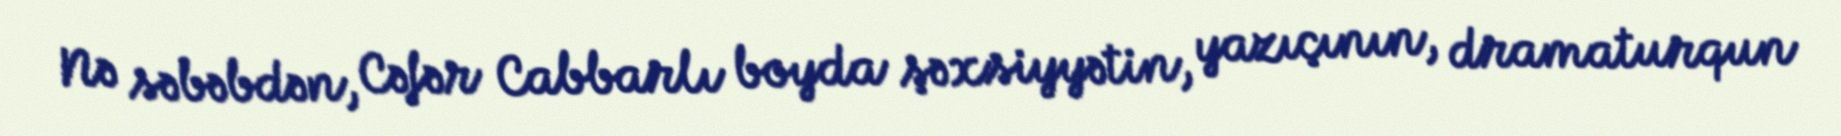
Nə səbəbdən, Cəfər Cabbarlı boyda şəxsiyyətin, yazıçının, dramaturqun